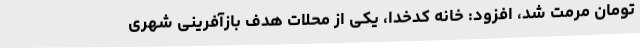
تومان مرمت شد، افزود: خانه کدخدا، یکی از محلات هدف بازآفرینی شهری